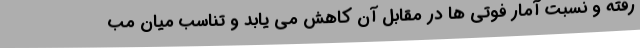
رفته و نسبت آمار فوتی ها در مقابل آن کاهش می یابد و تناسب میان مب